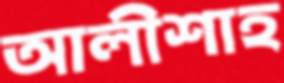
আলীশাহ